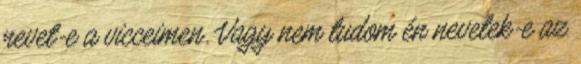
nevet-e a vicceimen. Vagy nem tudom én nevetek-e az